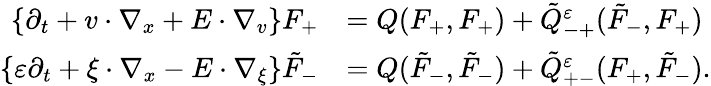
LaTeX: \begin{array}{rl}{\{ \partial_{t}+v\cdot\nabla_{x}+E\cdot\nabla_{v}\} F_{+}}&{=Q(F_{+},F_{+})+\tilde{Q}_{-+}^{\varepsilon}(\tilde{F}_{-},F_{+})}\\ {\{ \varepsilon\partial_{t}+\xi\cdot\nabla_{x}-E\cdot\nabla_{\xi}\} \tilde{F}_{-}}&{=Q(\tilde{F}_{-},\tilde{F}_{-})+\tilde{Q}_{+-}^{\varepsilon}(F_{+},\tilde{F}_{-}).}\end{array}